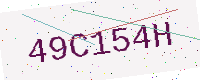
Text: 49C154H